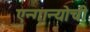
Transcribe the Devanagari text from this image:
एन्गान्योची